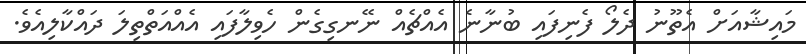
މައިޝާއަށް އެތޫނު ދެލޯ ފެނިފައި ބުނާނެ އެއްޗެއް ނޭނގިގެން ހެވިލާފައި އެއްއަތްތިލަ ދައްކާލިއެވެ.